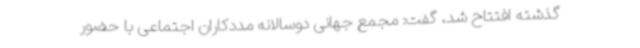
گذشته افتتاح شد، گفت: مجمع جهانی دوسالانه مددکاران اجتماعی با حضور